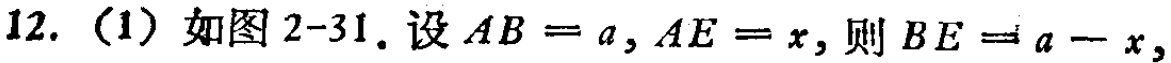
12.（1）如图2-31.设\(AB = a,AE = x\)，则\(BE = a - x\)，